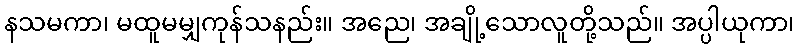
နသမကာ၊ မထူမမျှကုန်သနည်း။ အညေ၊ အချို့သောလူတို့သည်။ အပ္ပါယုကာ၊